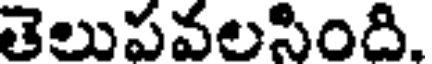
తెలుపవలసింది.